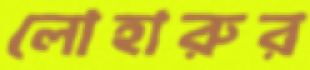
লোহারুর